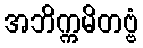
အဘိက္ကမိတဗ္ဗံ